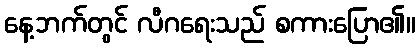
နေ့ဘက်တွင် လီဂရေးသည် စကားပြော၏။